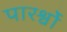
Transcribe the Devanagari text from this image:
पारर्श्वों